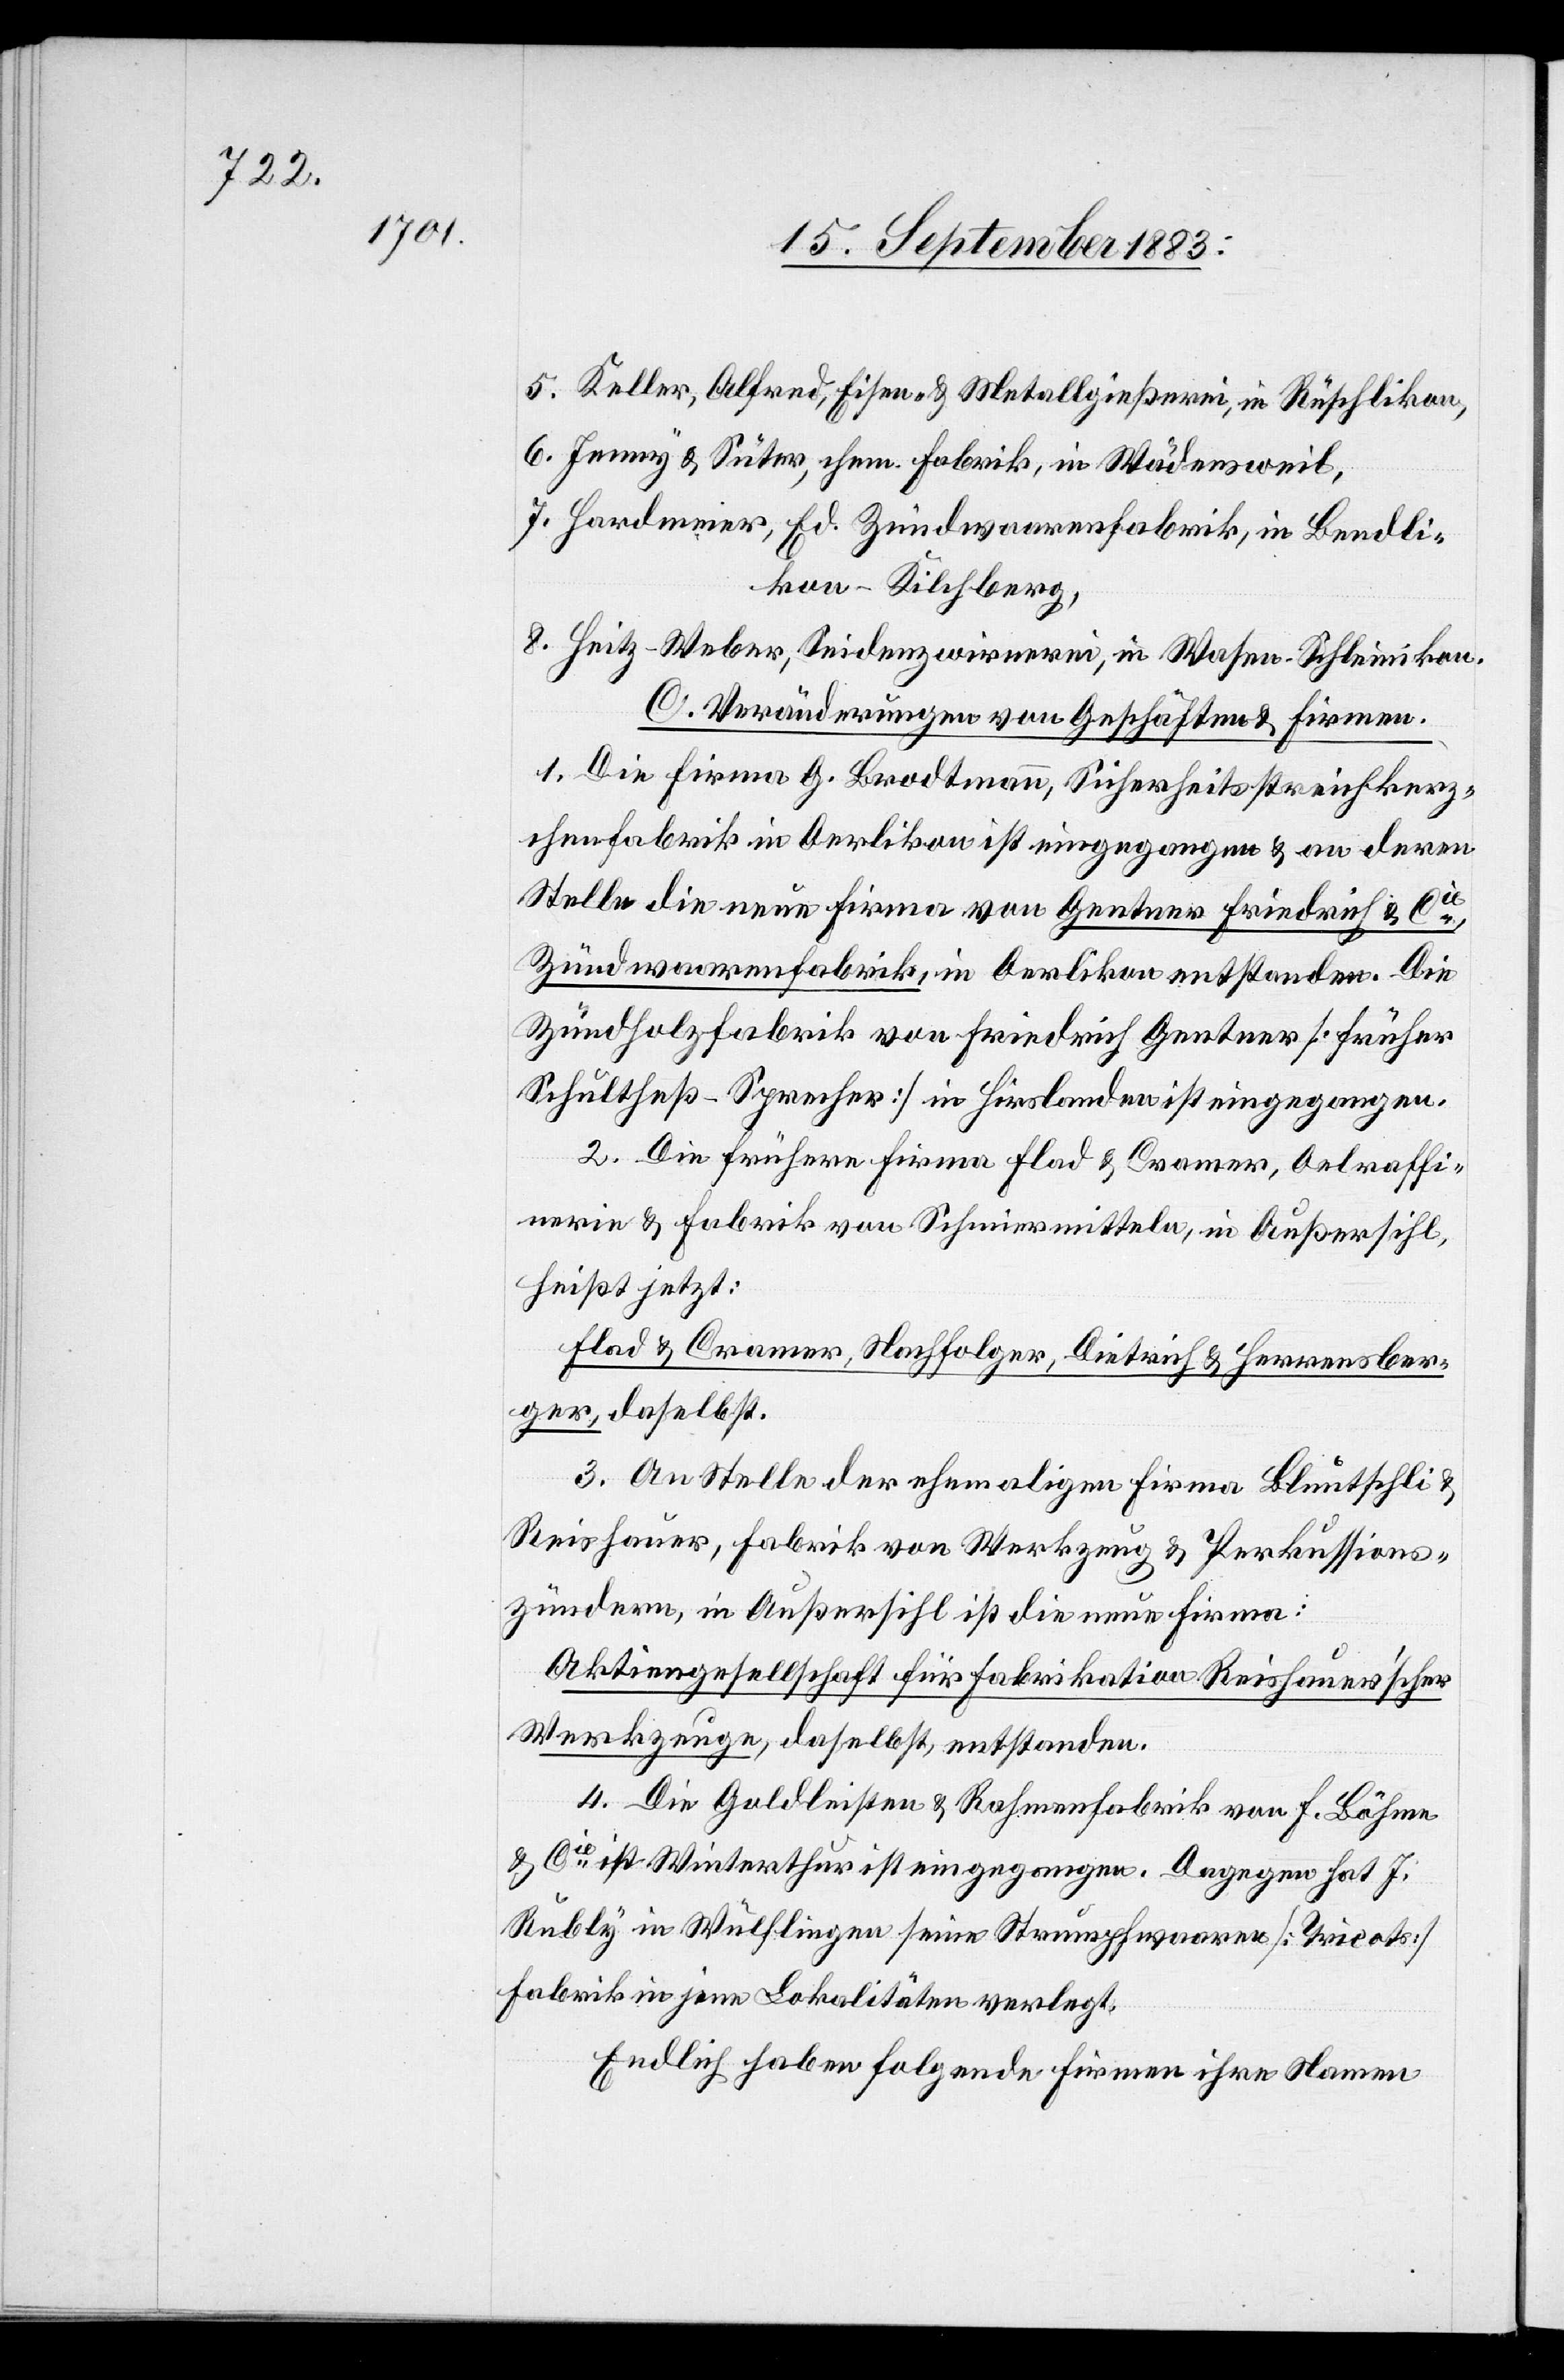
5. Keller, Alfred, Eisen- & Metallgießerei, in Rüschlikon,
6. Jenny & Suter, chem. Fabrik, in Wädensweil,
7. Hardmeier, Ed. Zündwaarenfabrik, in Bendli¬
kon - Kilchberg,
8. Heitz-Weber, Seidenzwirnerei, in Wasen - Schleimikon.
C. Veränderungen von Geschäften & Firmen.
1. Die Firma G. Brodtmann, Sicherheitsstreichkerz¬
chenfabrik in Oerlikon ist eingegangen & an deren
Stelle die neue Firma von Gentner Friedrich & Cie,
Zündwaarenfabrik, in Oerlikon entstanden. Die
Zündholzfabrik von Friedrich Gentner [früher
Schultheß-Sprecher] in Hirslanden ist eingegangen.
2. Die früherer Firma Flad & Cramer, Oelraffi¬
nerie & Fabrik von Schmiermitteln, in Außersihl,
heißt jetzt:
Flad & Cramer, Nachfolger, Dietrich & Herrensber¬
ger, daselbst.
3. An Stelle der ehemaligen Firma Bluntschli &
Reishauer, Fabrik von Werkzeug & Perkussions¬
zündern, in Außersihl ist die neue Firma:
Aktiengesellschaft für Fabrikation Reishauer’scher
Werkzeuge, daselbst, entstanden.
4. Die Goldleisten & Rahmenfabrik von F. Böhme
& Cie in Winterthur ist eingegangen. Dagegen hat J.
Rubly in Wülflingen seine Strumpfwaaren [Tricots]
Fabrik in jene Lokalitäten verlegt.
Endlich haben folgende Firmen ihre Namen